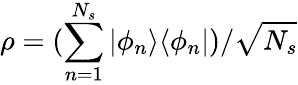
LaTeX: \rho=(\sum_{n=1}^{N_{s}}|\phi_{n}\rangle\langle\phi_{n}|)/\sqrt{N_{s}}